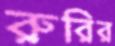
রুরির